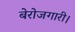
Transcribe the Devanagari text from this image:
बेरोजगारी।